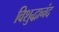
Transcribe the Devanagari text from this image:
विशुद्धानंद